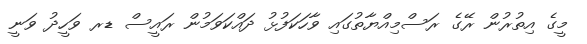
މީގެ އިތުރުން ރޭގެ ރަސްމިއްޔާތުގައި ވާހަކަފުޅު ދައްކަވަމުން ރައީސް ޑރ ވަހީދު ވަނީ